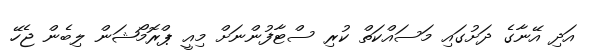
އަދި އޭނާގެ ދަށުގައި މަސައްކަތް ކުރި ސްޓާފުންނަށް މިއީ ޕްރޮމޯޝަން ލިބެން ޖެހޭ